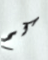
كم